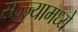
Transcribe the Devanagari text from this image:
सज्ज्यामध्ये